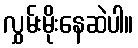
လွှမ်းမိုးနေဆဲပါ။